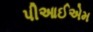
પીઆઈએમ